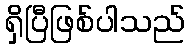
ရှိပြီဖြစ်ပါသည်